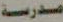
مدرسة